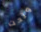
وتحت